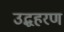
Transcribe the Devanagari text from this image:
उद्धहरण